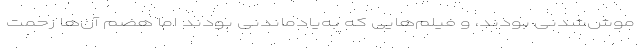
موش‌شدنی بودند، و فیلم‌هایی که به‌یادماندنی بودند اما هضم آن‌ها زحمت